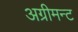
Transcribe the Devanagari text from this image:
अग्रीमन्ट